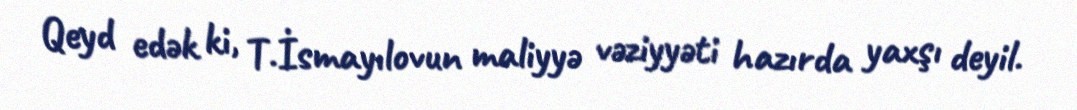
Qeyd edək ki, T.İsmayılovun maliyyə vəziyyəti hazırda yaxşı deyil.